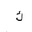
Letter: _kaf